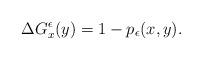
LaTeX: \begin{align*}\Delta G^{\epsilon}_x (y)=1-p_{\epsilon}(x,y).\end{align*}